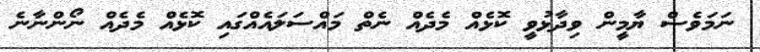
ނަމަވެސް ޔާމީން ވިދާޅުވީ ކޮޅެއް މެދެއް ނެތް މައްސަލައެއްގައި ކޮޅެއް މެދެއް ނޯންނާނެ